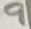
Text: 9